Leningradi_Edasi_toimetus, lk 47
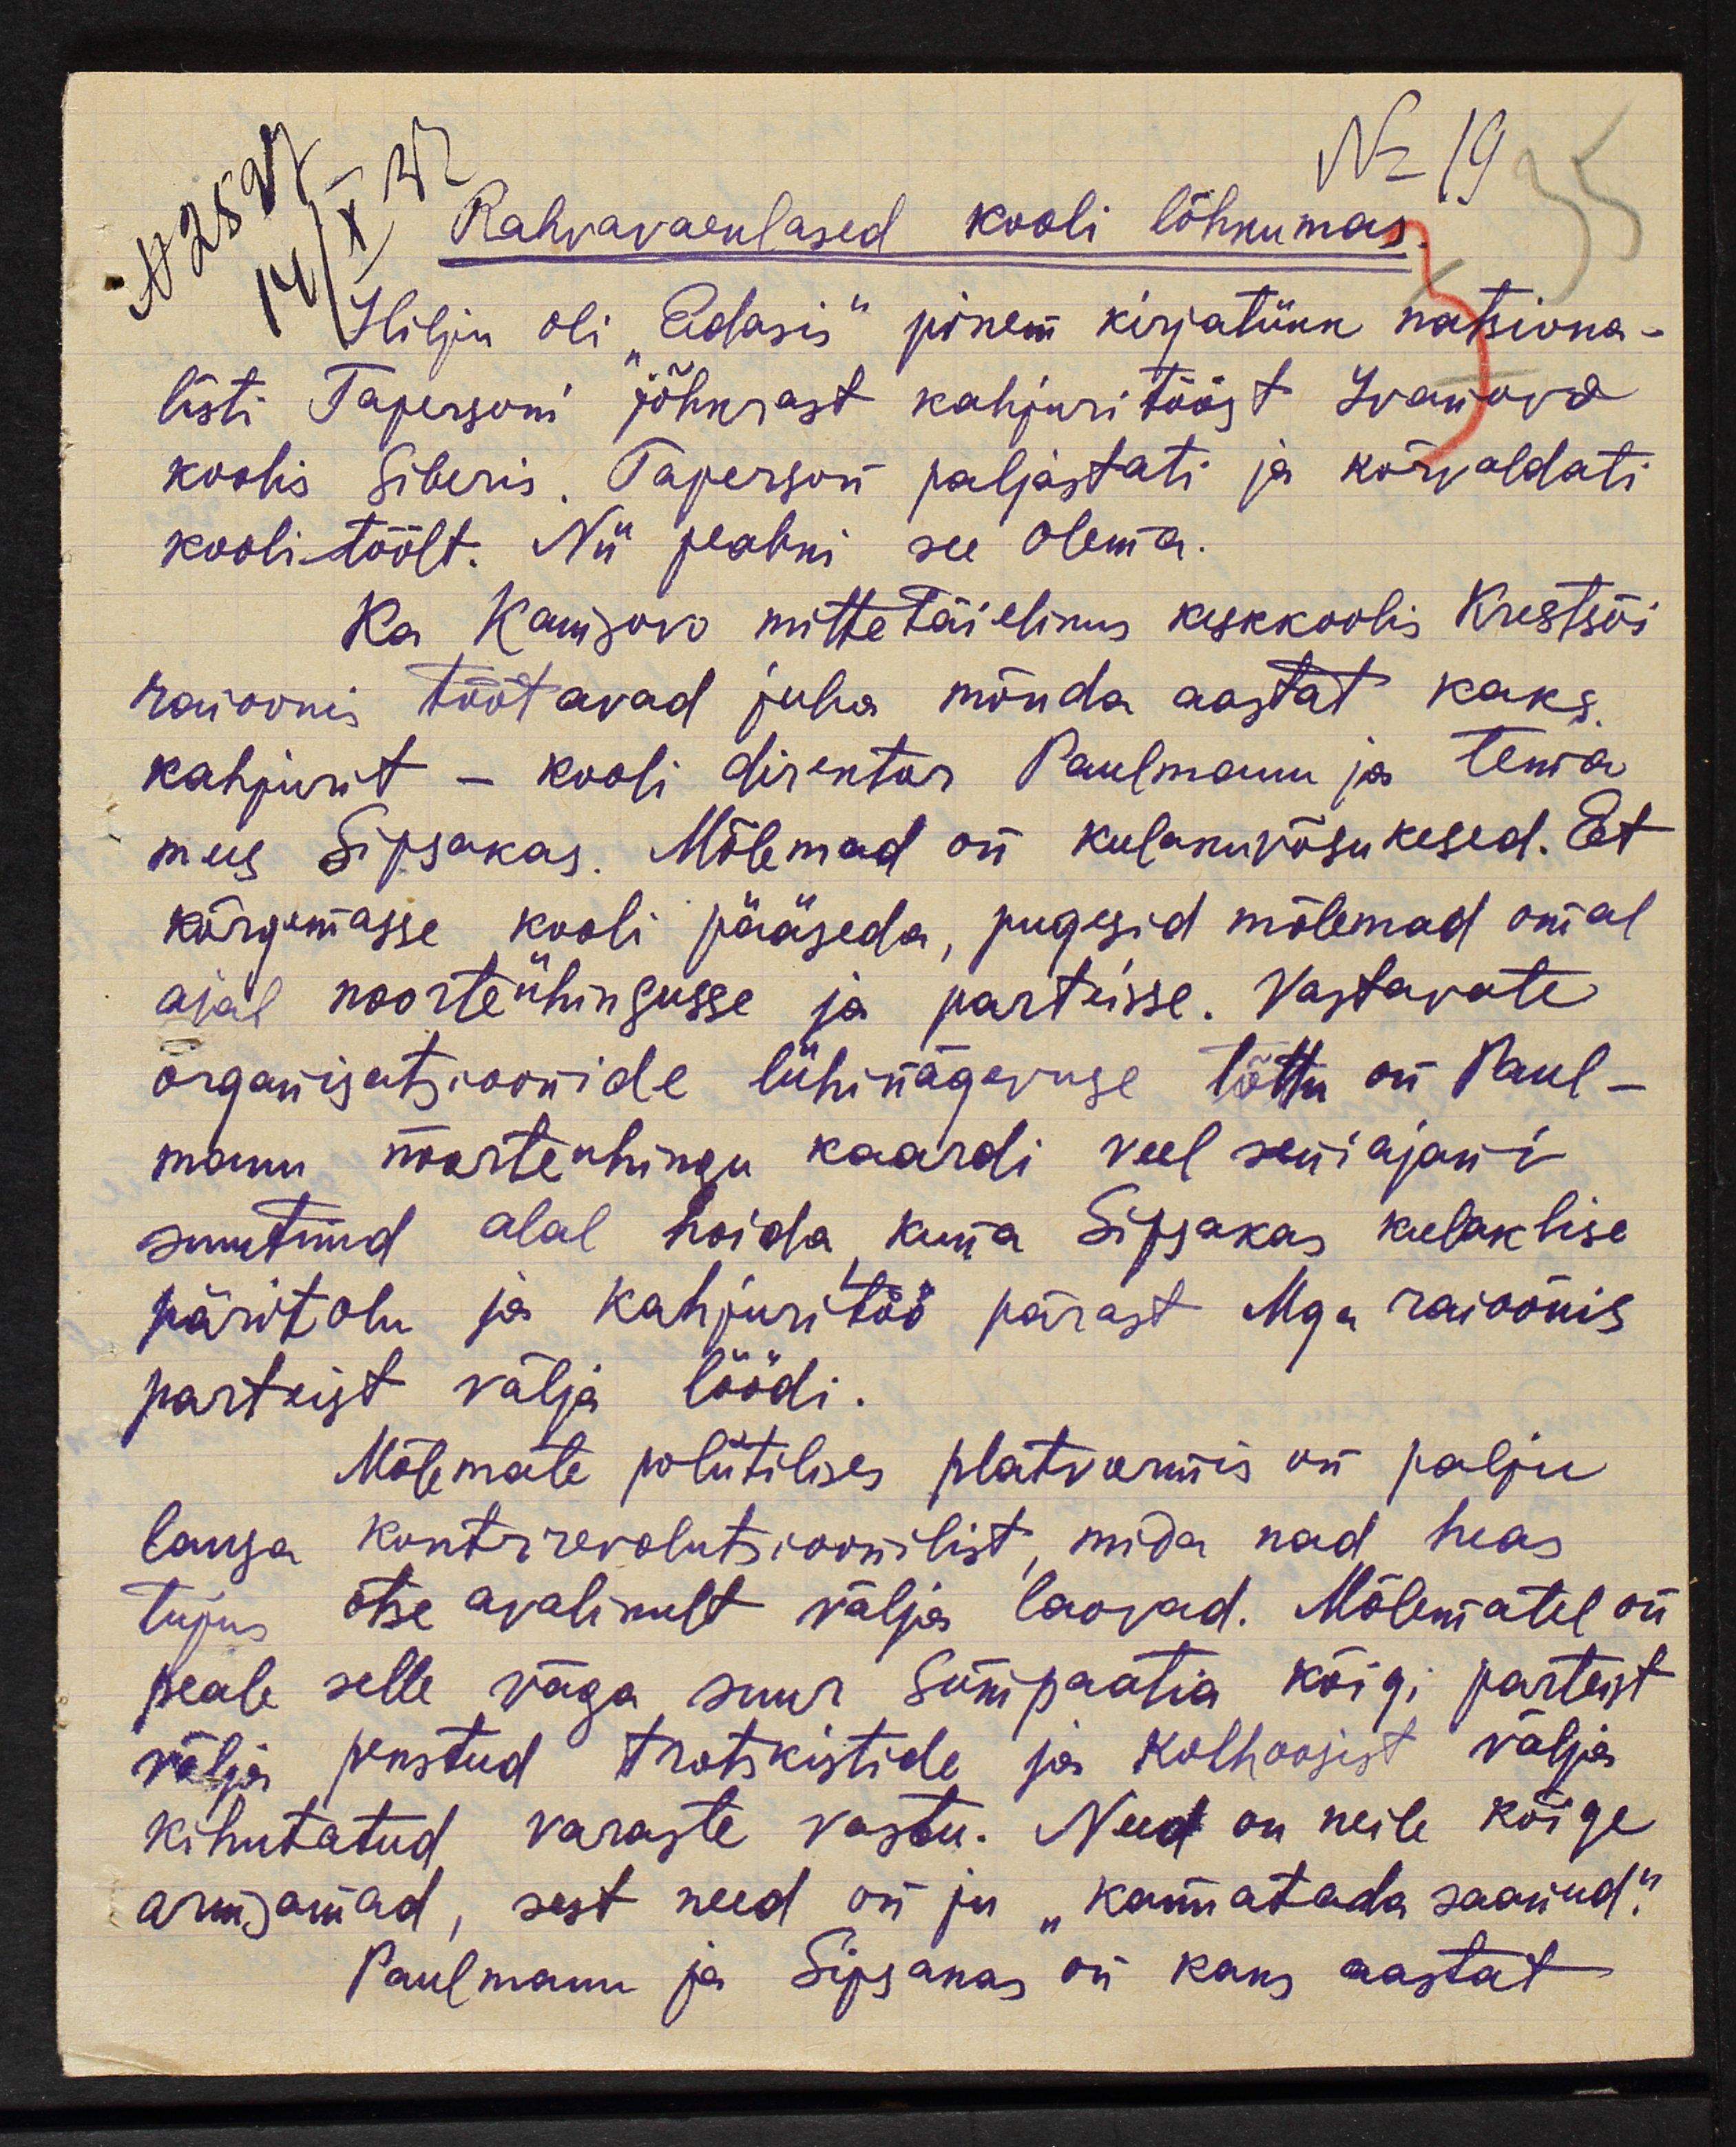
Nr 19
N 2597
14/X 33
Rahvavaenlased kooli lõhkumas.
Hilju oli "Edasis" pikem kirjatükk natsiona-
listi Tapersoni jõhkrast kahjuri tööst Ivanova
koolis Siberis. Taperson paljastati ja kõrvaldati
koolitöölt. Nii peabki see olema.
Ka Kanisovo mitte täielikus keskkoolis Krestsõi
raioonis töötavad juba mõnda aastat kaks
kahjurit - kooli direktor Paulmann ja tema
mees Sipsakas. Mõlemad on kulakuvõsukesed. Et
kõrgemasse kooli pääseda, pugesid mõlemad omal
ajal noorteühingusse ja parteisse. Vastavate
organisatsioonide lühinägevuse tõttu on Paul-
mann noorte uhingu kaardi veel seniajani
suutnud alal hoida kuna Sippakas kulaklise
päritolu ja kahjuritöö pärast Mga raioonis
parteist välja löödi.
Mõlemate poliitilises platvormis on palju
lausa kontrrevolutsioonilist, mida nad heas
tujus otse avalikult välja laovad. Mõlematel on
peale selle väga suur Sümpaatia kõigi parteist
välja pekstud trotskistide ja kolhoosist välja
kihutatud varaste vastu. Need on neile kõige
armsamad, sest need on ju "kannatada saanud."
Paulmann ja Sipsakas on kaks aastat